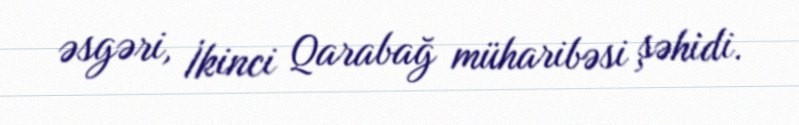
əsgəri, İkinci Qarabağ müharibəsi şəhidi.